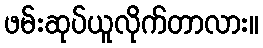
ဖမ်းဆုပ်ယူလိုက်တာလား။